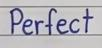
Perfect